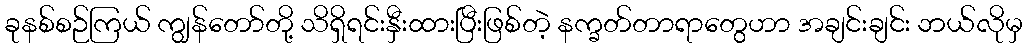
ခုနစ်စဉ်ကြယ် ကျွန်တော်တို့ သိရှိရင်းနှီးထားပြီးဖြစ်တဲ့ နက္ခတ်တာရာတွေဟာ အချင်းချင်း ဘယ်လိုမှ